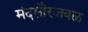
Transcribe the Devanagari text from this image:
मंदसौरजवळ